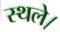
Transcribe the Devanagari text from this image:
स्थले।